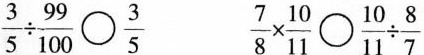
$$\frac{3}{5}\div \frac{99}{100} \bigcirc{} \frac{3}{5}$$ $$\frac{7}{8}\times \frac{10}{11} \bigcirc{} \frac{10}{11}\div \frac{8}{7}$$